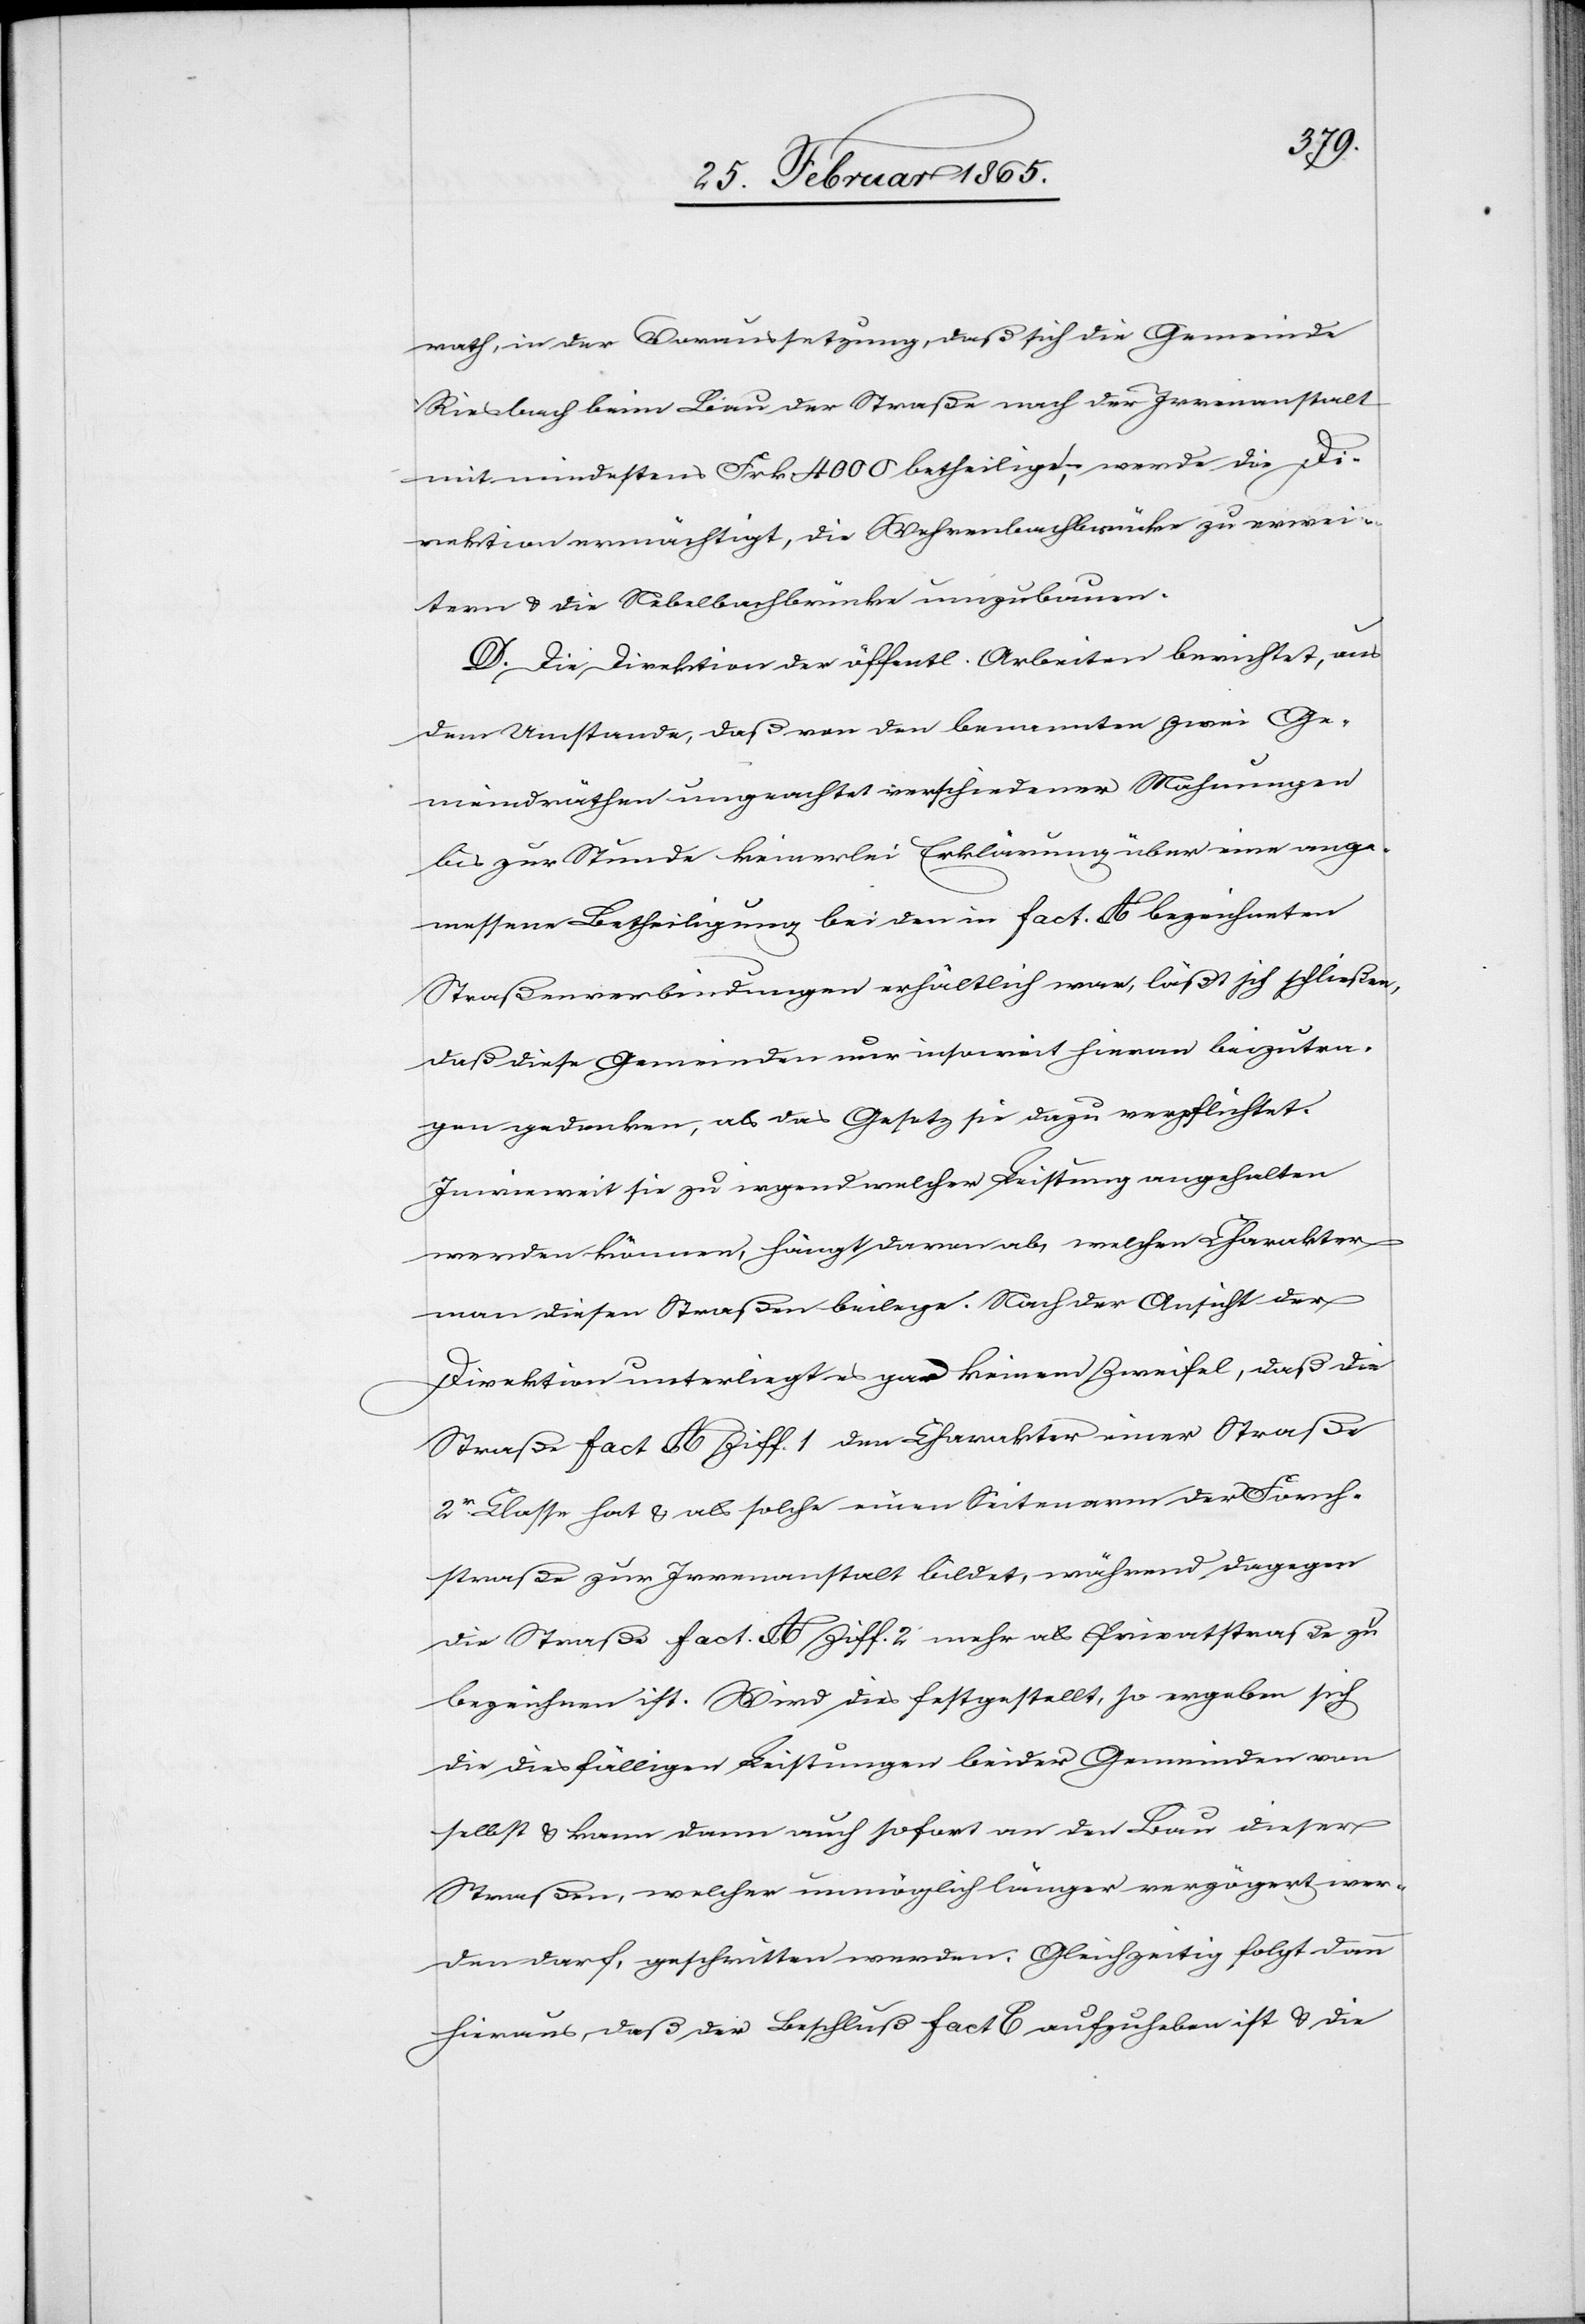
rath, in der Voraussetzung, daß sich die Gemeinde
Riesbach beim Bau der Straße nach der Irrenanstalt
mit mindestens Frk. 4000 betheilige, werde die Di¬
rektion ermächtigt, die Wehrenbachbrücke zu erwei¬
tern u. die Nebelbachbrücke umzubauen.
D. Die Direktion der öffentl. Arbeiten berichtet, aus
dem Umstande, daß von den benannten zwei Ge¬
meindräthen ungeachtet verschiedener Mahnungen
bis zur Stunde keinerlei Erklärung über eine ange¬
messene Betheiligung bei den in fact. A bezeichneten
Straßenverbindungen erhältlich war, läßt sich schließen,
daß diese Gemeinden nur insoweit hieran beizutra¬
gen gedenken, als das Gesetz sie dazu verpflichtet.
Inwieweit sie zu irgend welcher Leistung angehalten
werden können, hängt davon ab, welchen Charakter
man diesen Straßen beilege. Nach der Ansicht der
Direktion unterliegt es gar keinem Zweifel, daß die
Straße fact A Ziff. 1 den Charakter einer Straße
2r Classe hat u. als solche einen Seitenarm der Forch¬
straße zur Irrenanstalt bildet, während dagegen
die Straße fact. A Ziff. 2 mehr als Privatstraße zu
bezeichnen ist. Wird dies festgestellt, so ergeben sich
die diesfälligen Leistungen beider Gemeinden von
selbst u. kann dann auch sofort an den Bau dieser
Straßen, welcher unmöglich länger verzögert wer¬
den darf, geschritten werden. Gleichzeitig folgt dann
hieraus, daß der Beschluß fact C aufzuheben ist u. die